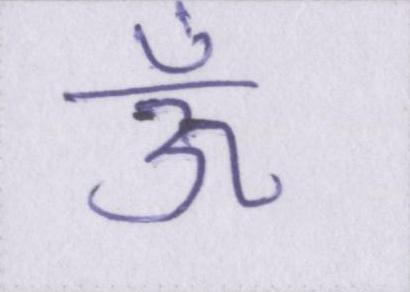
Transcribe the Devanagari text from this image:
ऊँ